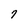
Character: 7